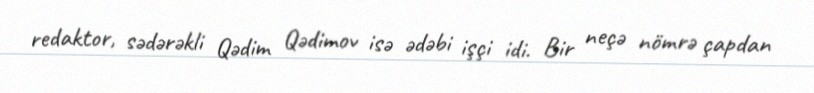
redaktor, sədərəkli Qədim Qədimov isə ədəbi işçi idi. Bir neçə nömrə çapdan